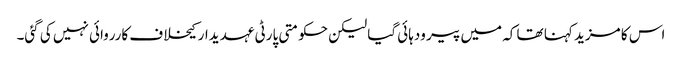
اس کا مزید کہنا تھا کہ میں پیر ودہائی گیا لیکن حکومتی پارٹی عہدیدار کیخلاف کارروائی نہیں کی گئی۔